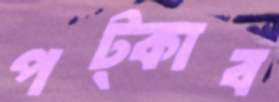
পট্‌কাব